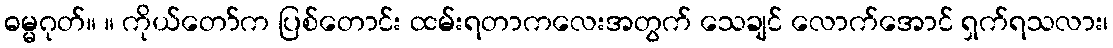
ဓမ္မဂုတ်။ ။ ကိုယ်တော်က ပြစ်တောင်း ထမ်းရတာကလေးအတွက် သေချင် လောက်အောင် ရှက်ရသလား၊